Report of the Indian Hemp Drugs Commission, 1894-1895 - Volume I
Year: 1894
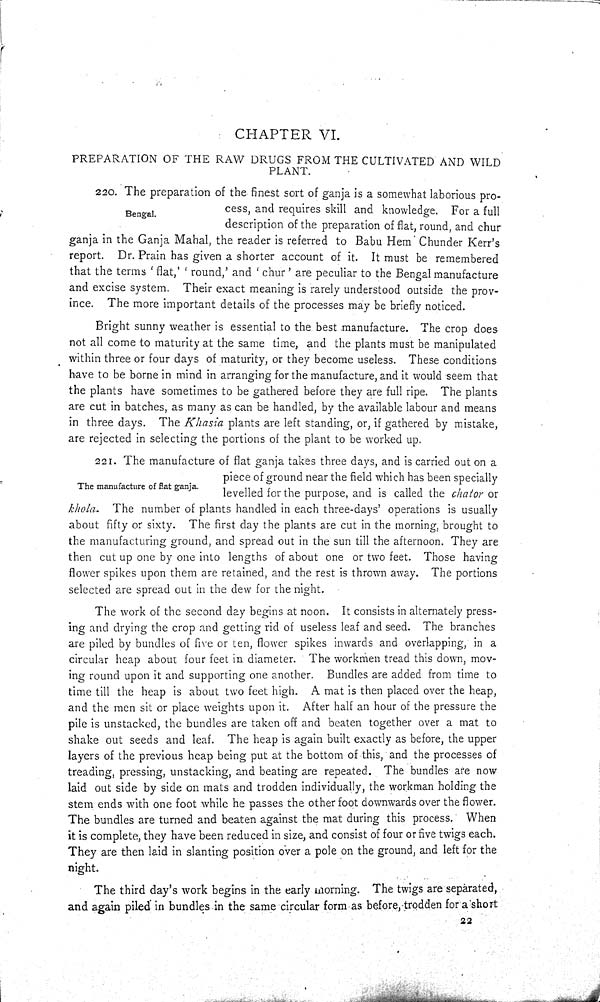
CHAPTER VI.
PREPARATION OF THE RAW DRUGS FROM THE CULTIVATED AND WILD
PLANT.
Bengal.
220. The preparation of the finest sort of ganja is a somewhat laborious pro-
cess, and requires skill and knowledge. For a full
description of the preparation of flat, round, and chur
ganja in the Ganja Mahal, the reader is referred to Babu Hem Chunder Kerr's
report. Dr. Prain has given a shorter account of it. It must be remembered
that the terms 'flat,' 'round,' and 'chur' are peculiar to the Bengal manufacture
and excise system. Their exact meaning is rarely understood outside the prov-
ince. The more important details of the processes may be briefly noticed.
Bright sunny weather is essential to the best manufacture. The crop does
not all come to maturity at the same time, and the plants must be manipulated
within three or four days of maturity, or they become useless. These conditions
have to be borne in mind in arranging for the manufacture, and it would seem that
the plants have sometimes to be gathered before they are full ripe. The plants
are cut in batches, as many as can be handled, by the available labour and means
in three days. The Khasia plants are left standing, or, if gathered by mistake,
are rejected in selecting the portions of the plant to be worked up.
The manufacture of flat ganja.
221. The manufacture of flat ganja takes three days, and is carried out on a
piece of ground near the field which has been specially
levelled for the purpose, and is called the chator or
khola. The number of plants handled in each three-days' operations is usually
about fifty or sixty. The first day the plants are cut in the morning, brought to
the manufacturing ground, and spread out in the sun till the afternoon. They are
then cut up one by one into lengths of about one or two feet. Those having
flower spikes upon them are retained, and the rest is thrown away. The portions
selected are spread out in the dew for the night.
The work of the second day begins at noon. It consists in alternately press-
ing and drying the crop and getting rid of useless leaf and seed. The branches
are piled by bundles of five or ten, flower spikes inwards and overlapping, in a
circular heap about four feet in diameter. The workmen tread this down, mov-
ing round upon it and supporting one another. Bundles are added from time to
time till the heap is about two feet high. A mat is then placed over the heap,
and the men sit or place weights upon it. After half an hour of the pressure the
pile is unstacked, the bundles are taken off and beaten together over a mat to
shake out seeds and leaf. The heap is again built exactly as before, the upper
layers of the previous heap being put at the bottom of this, and the processes of
treading, pressing, unstacking, and beating are repeated. The bundles are now
laid out side by side on mats and trodden individually, the workman holding the
stem ends with one foot while he passes the other foot downwards over the flower.
The bundles are turned and beaten against the mat during this process. When
it is complete, they have been reduced in size, and consist of four or five twigs each.
They are then laid in slanting position over a pole on the ground, and left for the
night.
The third day's work begins in the early morning. The twigs are separated,
and again piled in bundles in the same circular form as before, trodden for a short
22